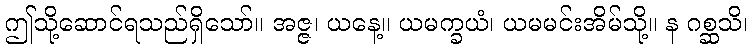
ဤသို့ဆောင်ရသည်ရှိသော်။ အဇ္ဇ၊ ယနေ့။ ယမက္ခယံ၊ ယမမင်းအိမ်သို့။ န ဂစ္ဆသိ၊